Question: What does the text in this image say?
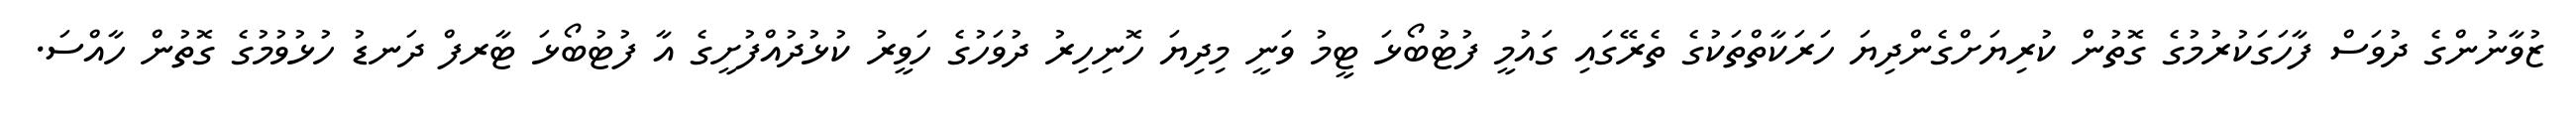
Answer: ޒުވާނުންގެ ދުވަސް ފާހަގަކުރުމުގެ ގޮތުން ކުރިޔަށްގެންދިޔަ ހަރަކާތްތަކުގެ ތެރޭގައި ގައުމީ ފުޓުބޯޅަ ޓީމު ވަނީ މިދިޔަ ހޮނިހިރު ދުވަހުގެ ހަވީރު ކުޅުދުއްފުށީގެ އާ ފުޓުބޯޅަ ޓާރފް ދަނޑު ހުޅުވުމުގެ ގޮތުން ހާއްސަ.